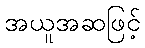
အယူအဆဖြင့်